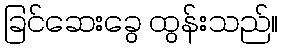
ခြင်ဆေးခွေ ထွန်းသည်။